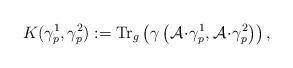
LaTeX: \begin{align*}K(\gamma^1_p,\gamma^2_p):= \operatorname{Tr}_g\left(\gamma\left(\mathcal{A}\!\cdot\!\gamma^1_p,\mathcal{A}\!\cdot\!\gamma^2_p\right)\right),\end{align*}